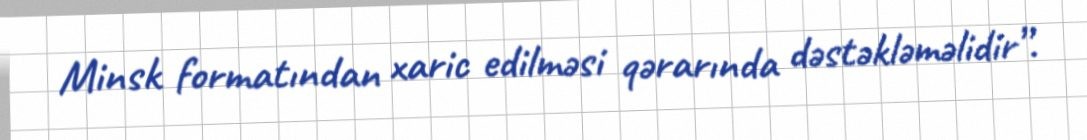
Minsk formatından xaric edilməsi qərarında dəstəkləməlidir”.